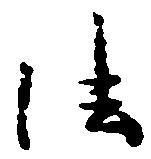
法